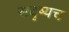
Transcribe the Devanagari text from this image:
सदृष्यच